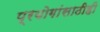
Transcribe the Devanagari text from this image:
प्रयोगांसाठीही